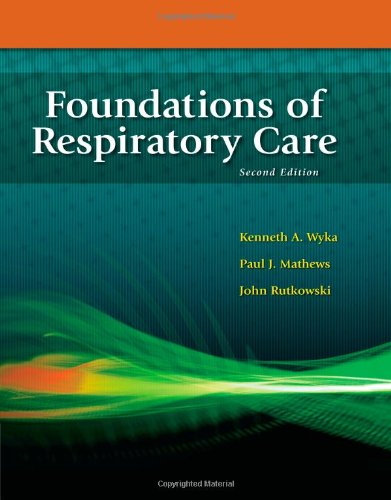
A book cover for Foundations of Respiratory Care; Kenneth A. Wyka; Medical Books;